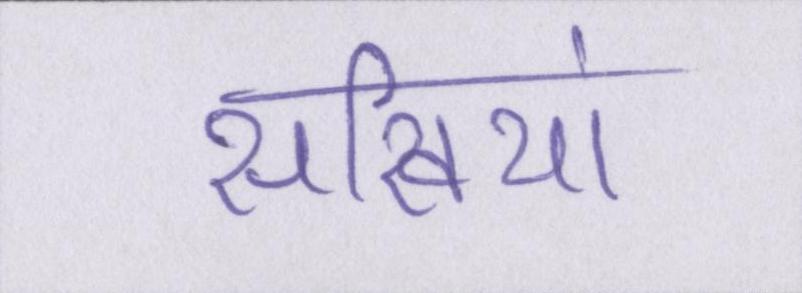
सखियां